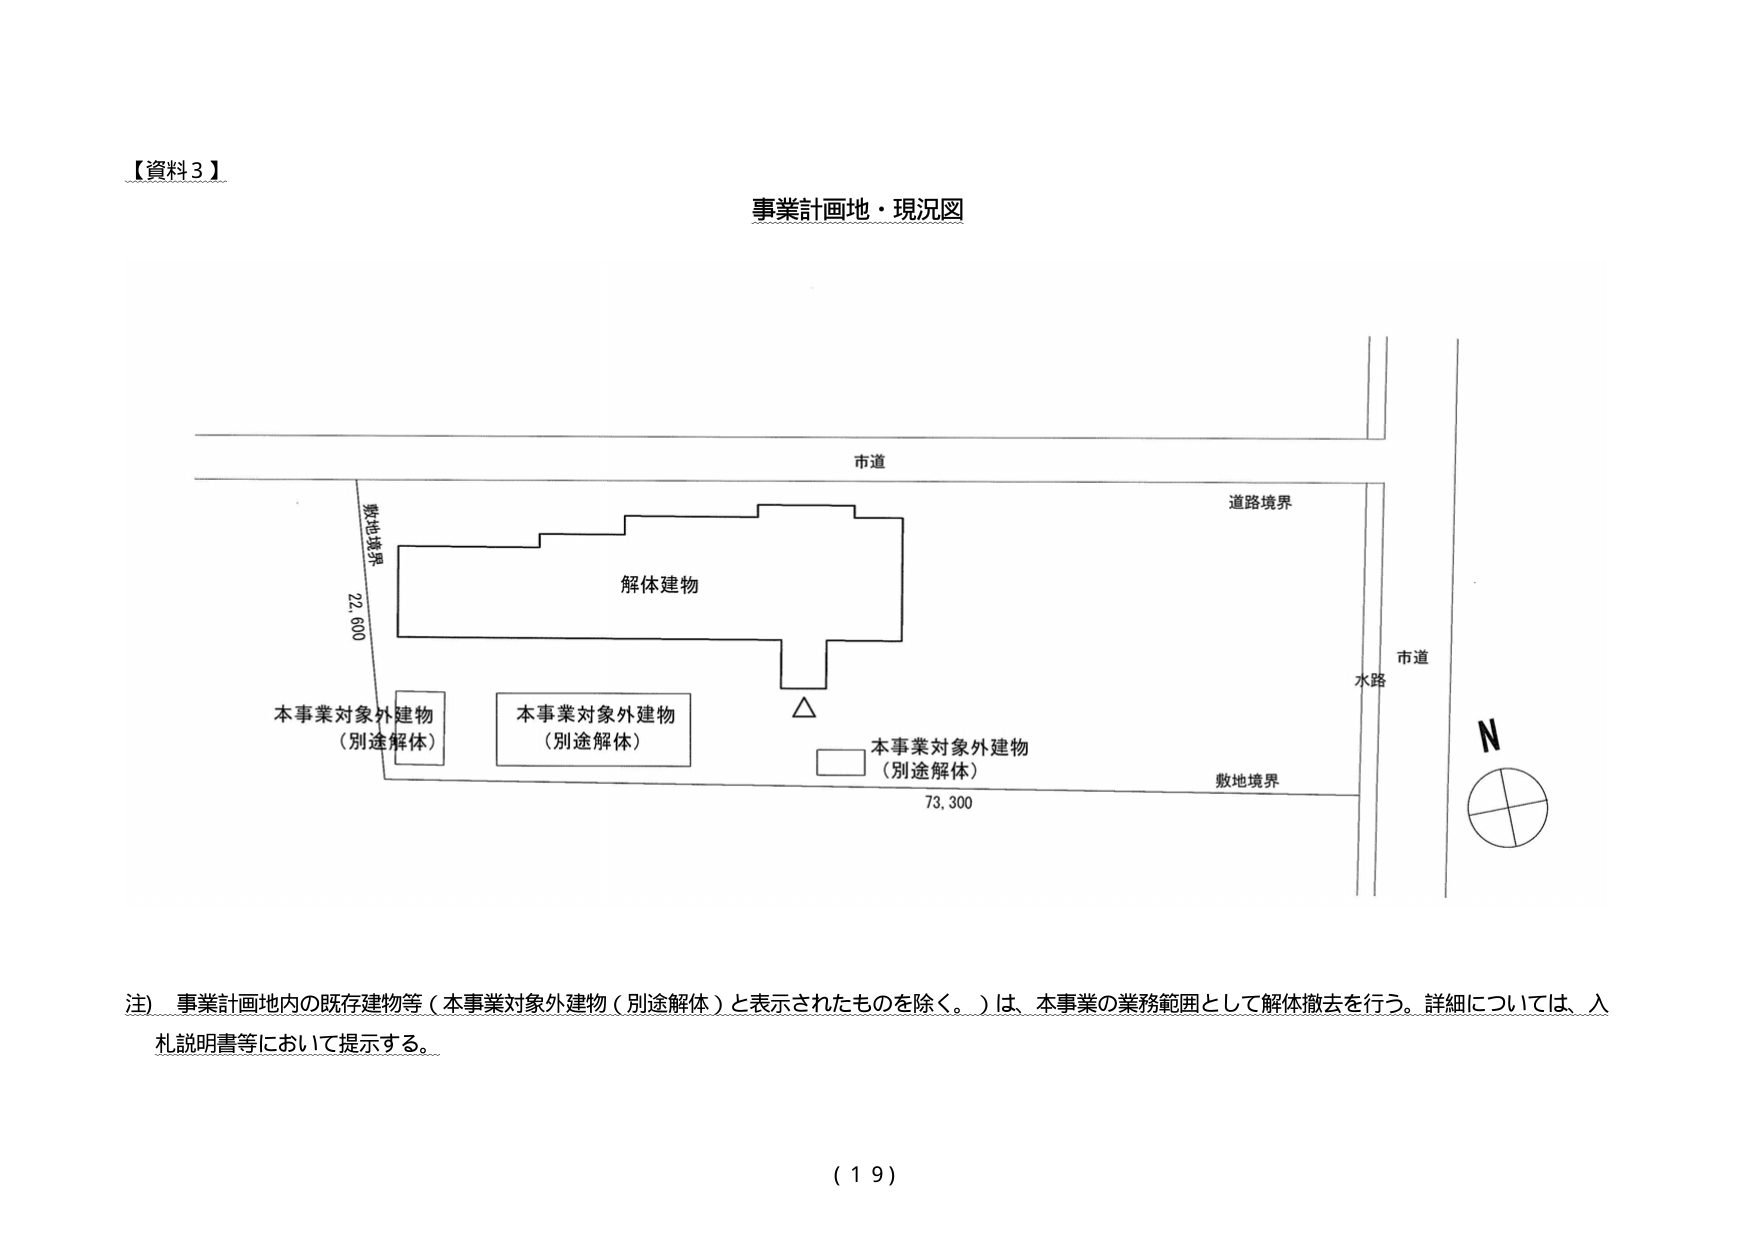
【資料３】
事業計画地・現況図
市道
敷地境界
22,600
解体建物
本事業対象外建物
（別途解体）
本事業対象外建物
（別途解体）
△
本事業対象外建物
（別途解体）
73,300
道路境界
市道
水路
敷地境界
N
注）事業計画地内の既存建物等（本事業対象外建物（別途解体）と表示されたものを除く。）は、本事業の業務範囲として解体撤去を行う。詳細については、入札説明書等において提示する。
（１９）